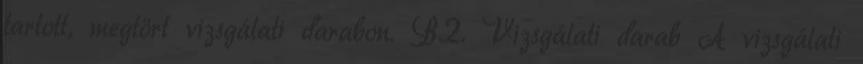
tartott, megtört vizsgálati darabon. B.2. Vizsgálati darab A vizsgálati